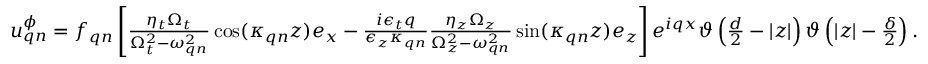
\begin{array} { r } { \boldsymbol { u } _ { \boldsymbol { q } n } ^ { \phi } = f _ { \boldsymbol { q } n } \left[ \frac { \eta _ { t } \Omega _ { t } } { \Omega _ { t } ^ { 2 } - \omega _ { \boldsymbol { q } n } ^ { 2 } } \cos ( \kappa _ { \boldsymbol { q } n } z ) \boldsymbol { e } _ { x } - \frac { i \epsilon _ { t } q } { \epsilon _ { z } \kappa _ { \boldsymbol { q } n } } \frac { \eta _ { z } \Omega _ { z } } { \Omega _ { z } ^ { 2 } - \omega _ { \boldsymbol { q } n } ^ { 2 } } \sin ( \kappa _ { \boldsymbol { q } n } z ) \boldsymbol { e } _ { z } \right] e ^ { i q x } \vartheta \left( \frac { d } { 2 } - | z | \right) \vartheta \left( | z | - \frac { \delta } { 2 } \right) . } \end{array}